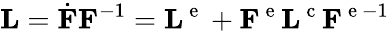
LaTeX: {\mathbf L}=\dot{{\mathbf F}}{\mathbf F}^{-1}={\mathbf L}^{\mathrm{~e~}}+{\mathbf F}^{\mathrm{~e~}}{\mathbf L}^{\mathrm{~c~}}{\mathbf F}^{\mathrm{~e~}-1}